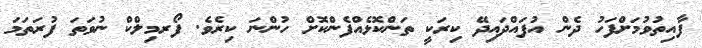
ފާއިތުވުމަށްފަހު ދެން އުފައްދައިދޭ ކިރަކީ ތަންކޮޅެއްފެންކޮށް ހުންނަ ކިރެވެ. ފޯރމިލްކް ނުވަތަ ފުރަތަމަ